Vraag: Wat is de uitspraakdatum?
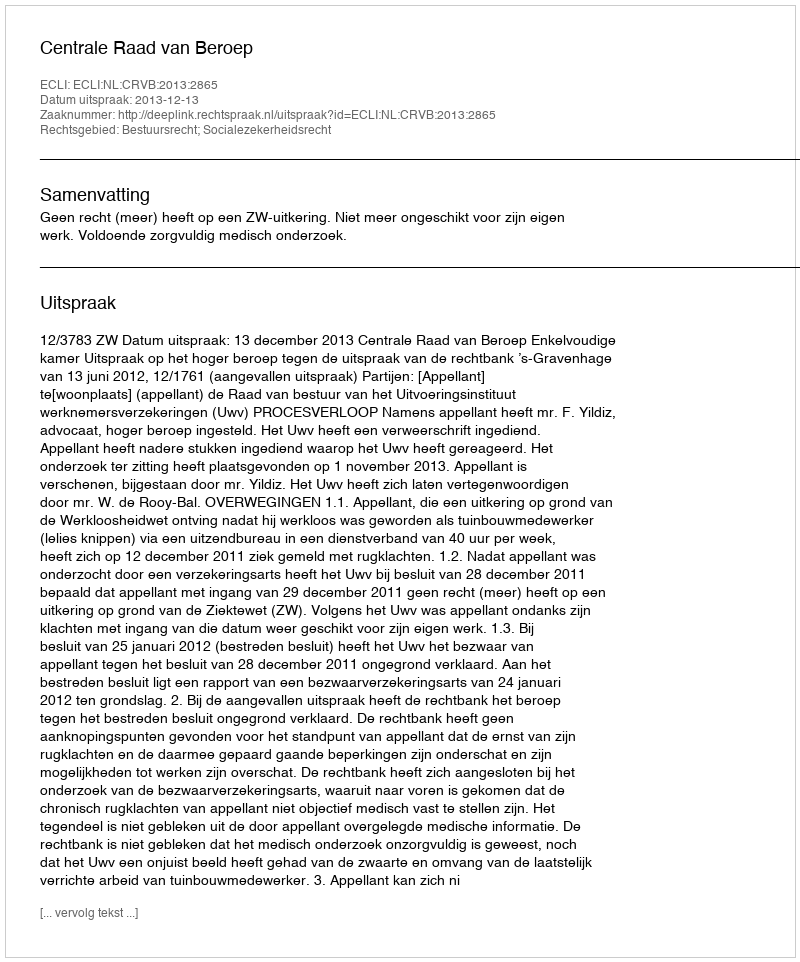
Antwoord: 2013-12-13